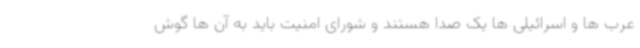
عرب ها و اسرائیلی ها یک صدا هستند و شورای امنیت باید به آن ها گوش